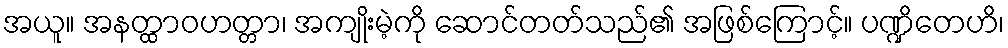
အယူ။ အနတ္ထာဝဟတ္တာ၊ အကျိုးမဲ့ကို ဆောင်တတ်သည်၏ အဖြစ်ကြောင့်။ ပဏ္ဍိတေဟိ၊